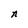
Character: n